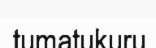
tumatukuru